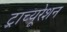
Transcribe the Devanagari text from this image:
ट्राच्यूरेशन